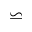
\backsimeq